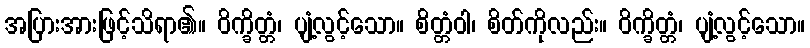
အပြားအားဖြင့်သိရာ၏။ ဝိက္ခိတ္တံ၊ ပျံ့လွင့်သော။ စိတ္တံဝါ၊ စိတ်ကိုလည်း။ ဝိက္ခိတ္တံ၊ ပျံ့လွင့်သော။